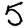
Digit: 5